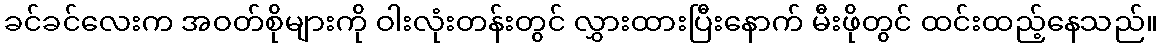
ခင်ခင်လေးက အဝတ်စိုများကို ဝါးလုံးတန်းတွင် လွှားထားပြီးနောက် မီးဖိုတွင် ထင်းထည့်နေသည်။